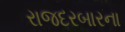
રાજદરબારના